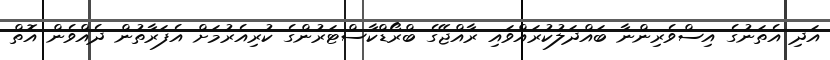
އަދި އެތަނުގެ އިސްވެރިންނާ ބައްދަލުކުރައްވައި ރާއްޖޭގެ ބްރޯޑްކާސްޓަރުންގެ ކުރިއެރުމަށް އެފަރާތުން ދެއްވެން އޮތް